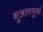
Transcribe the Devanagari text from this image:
क्षुआनयुआं